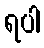
ရပါ